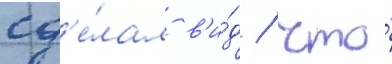
сд'е́лал в'и́д / что́